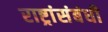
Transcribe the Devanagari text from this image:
राष्ट्रांसंबंधी